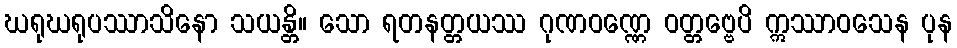
ဃရုဃရုပဿာသိနော သယန္တိ။ သော ရတနတ္တယဿ ဂုဏဝဏ္ဏေ ဝတ္တဗ္ဗေပိ ဣဿာဝသေန ပုန